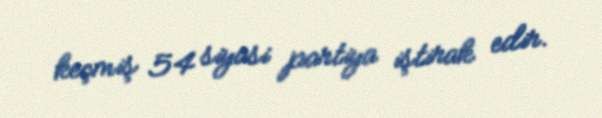
keçmiş 54 siyasi partiya iştirak edir.